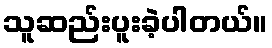
သူဆည်းပူးခဲ့ပါတယ်။